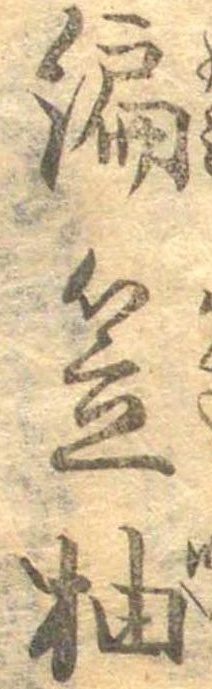
編笠柚